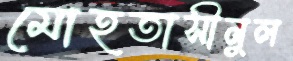
মোহতাসীনুল